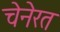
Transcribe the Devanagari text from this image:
चेनेरत